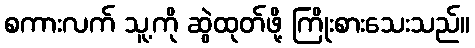
စကားလက် သူ့ကို ဆွဲထုတ်ဖို့ ကြိုးစားသေးသည်။